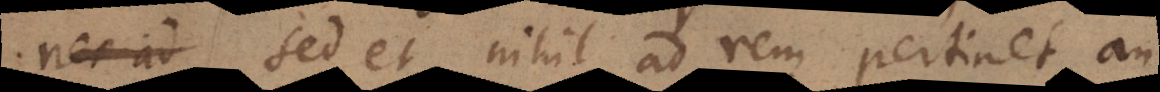
; sed et nihil ad rem pertinet, an